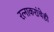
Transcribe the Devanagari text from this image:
रत्‍नाकरांचेही